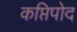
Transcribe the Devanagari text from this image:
कप्तिपोद